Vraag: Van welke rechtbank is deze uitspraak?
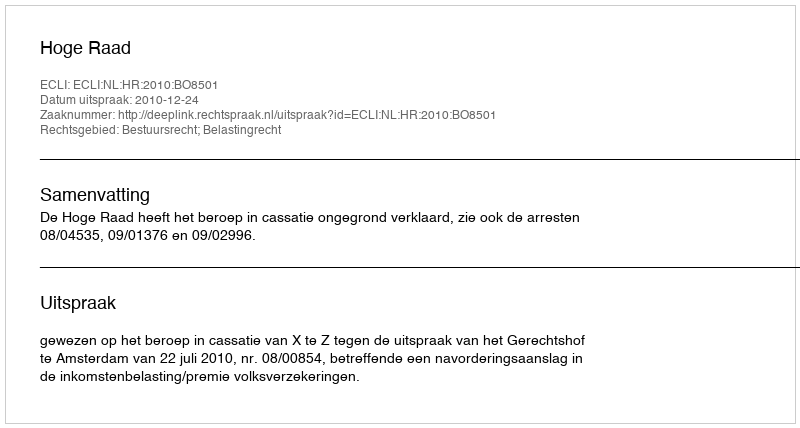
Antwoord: Hoge Raad